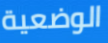
الوضعية